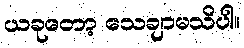
ယခုတော့ သေချာမသိပါ။